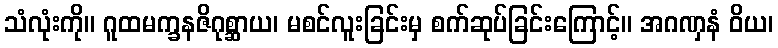
သံလုံးကို။ ဂူထမက္ခနဇိဂုစ္ဆာယ၊ မစင်လူးခြင်းမှ စက်ဆုပ်ခြင်းကြောင့်။ အဂဏှနံ ဝိယ၊